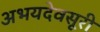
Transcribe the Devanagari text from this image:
अभयदेवसूरी